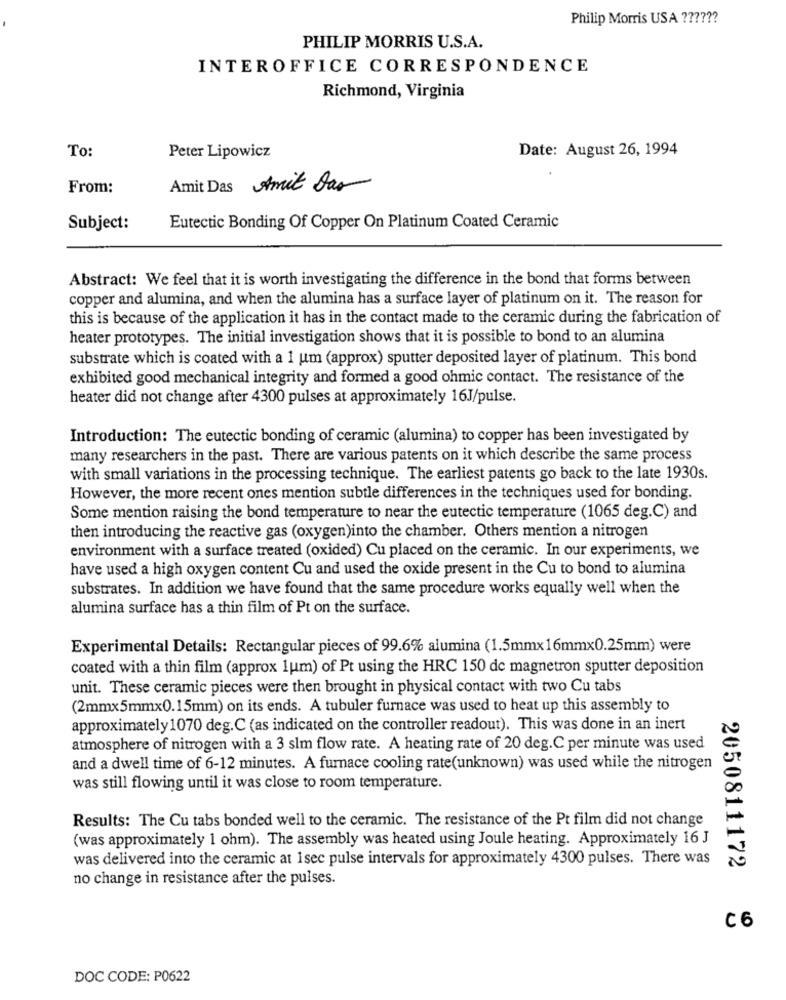
Philip Morris USA ??????
PHILIP MORRIS U.S.A.
INTEROFFICE CORRESPONDENCE
Richmond, Virginia
To:
Date: August 26, 1994
Peter Lipowicz
From:
Amit Das Amit Das
Subject:
Eutectic Bonding Of Copper On Platinum Coated Ceramic
Abstract: We feel that it is worth investigating the difference in the bond that forms between
copper and alumina, and when the alumina has a surface layer of platinum on it. The reason for
this is because of the application it has in the contact made to the ceramic during the fabrication of
heater prototypes. The initial investigation shows that it is possible to bond to an alumina
substrate which is coated with a 1 um (approx) sputter deposited layer of platinum. This bond
exhibited good mechanical integrity and formed a good ohmic contact. The resistance of the
heater did not change after 4300 pulses at approximately 16J/pulse.
Introduction: The eutectic bonding of ceramic (alumina) to copper has been investigated by
many researchers in the past. There are various patents on it which describe the same process
with small variations in the processing technique. The earliest patents go back to the late 1930s.
However, the more recent ones mention subtle differences in the techniques used for bonding.
Some mention raising the bond temperature to near the eutectic temperature (1065 deg.C) and
then introducing the reactive gas (oxygen)into the chamber. Others mention a nitrogen
environment with a surface treated (oxided) Cu placed on the ceramic. In our experiments, we
have used a high oxygen content Cu and used the oxide present in the Cu to bond to alumina
substrates. In addition we have found that the same procedure works equally well when the
alumina surface has a thin film of Pt on the surface.
Experimental Details: Rectangular pieces of 99.6% alumina (1.5mmx16mmx0.25mm) were
coated with a thin film (approx lum) of Pt using the HRC 150 de magnetron sputter deposition
unit. These ceramic pieces were then brought in physical contact with two Cu tabs
(2mmx5mmx0.15mm) on its ends. A tubuler furnace was used to heat up this assembly to
approximately 1070 deg.C (as indicated on the controller readout). This was done in an inert
atmosphere of nitrogen with a 3 slm flow rate. A heating rate of 20 deg.C per minute was used
and a dwell time of 6-12 minutes. A furnace cooling rate(unknown) was used while the nitrogen
was still flowing until it was close to room temperature.
Results: The Cu tabs bonded well to the ceramic. The resistance of the Pt film did not change
(was approximately 1 ohm). The assembly was heated using Joule heating. Approximately 16 J
was delivered into the ceramic at 1sec pulse intervals for approximately 4300 pulses. There was
2050811172
no change in resistance after the pulses.
C6
DOC CODE: P0622